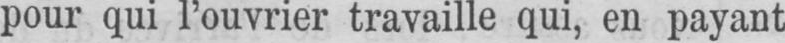
pour qui l’ouvrier travaille qui, en payant